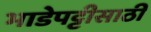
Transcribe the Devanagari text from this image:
भाडेपट्टीसाठी